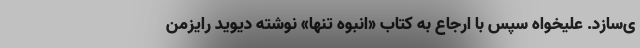
ی‌سازد. علیخواه سپس با ارجاع به کتاب «انبوه تنها» نوشته دیوید رایزمن